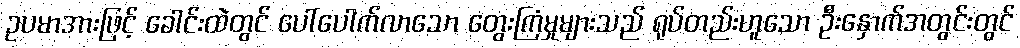
ဥပမာအားဖြင့် ခေါင်းထဲတွင် ပေါ်ပေါက်လာသော တွေးကြံမှုများသည် ရုပ်တည်းဟူသော ဦးနှောက်အတွင်းတွင်